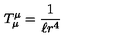
T _ { \mu } ^ { \mu } = \frac { 1 } { \ell r ^ { 4 } }